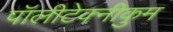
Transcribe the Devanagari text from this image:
पॉलीटेक्नीकुम